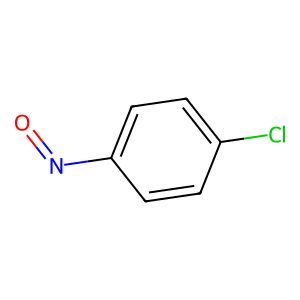
SMILES: O=Nc1ccc(Cl)cc1
Inhibits HIV replication: No